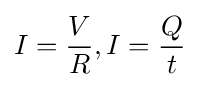
I={V \over R},I={Q \over t}